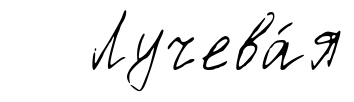
Лучева́я